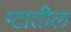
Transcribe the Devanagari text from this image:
ग्टातील